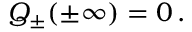
{ \cal Q } _ { \pm } ( \pm \infty ) = 0 \, .